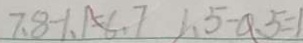
7 . 8 - 1 . 1 = 6 . 7 1 . 5 - 0 . 5 = 1